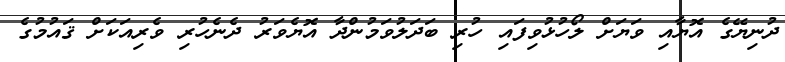
ދުނިޔޭގެ އޮޔާއި ވަޔަށް ލޯހުޅުވިފައި ހުރި ބަދަލުވަމުންދާ އޮޔެވަރު ދެނެހުރި ވެރިއަކަށް ޤައުމުގެ